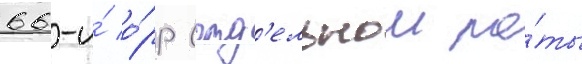
66-и́ о́рр (отд'ельнои ро́ты